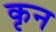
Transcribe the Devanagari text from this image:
कृन